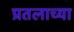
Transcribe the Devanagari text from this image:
प्रतलाच्या